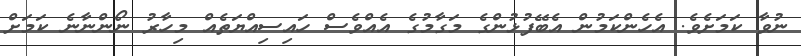
ނުވާ ކަމަށެވެ. އެހެންކަމުން އެބޭފުޅުންގެ މަގާމުގެ އެއްވެސް ހައިސިއްޔަތެއް މިހާރު ނޯންނާނެ ކަމަށް